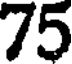
75